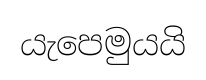
යැපෙමුයයි